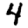
Digit: 4